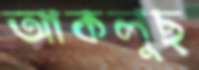
আকলুছ